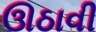
ઊઠાવી